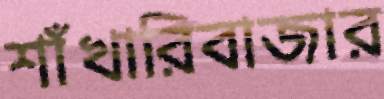
শাঁখারিবাজার